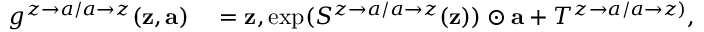
\begin{array} { r l } { g ^ { z \rightarrow a / a \rightarrow z } ( \mathbf { z } , \mathbf { a } ) } & { { } = \mathbf { z } , \exp ( S ^ { z \rightarrow a / a \rightarrow z } ( \mathbf { z } ) ) \odot \mathbf { a } + T ^ { z \rightarrow a / a \rightarrow z ) } , } \end{array}